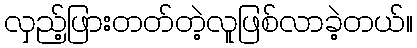
လှည့်ဖြားတတ်တဲ့လူဖြစ်လာခဲ့တယ်။